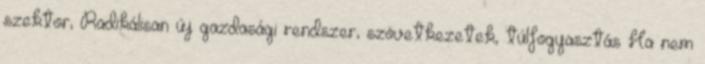
szektor, Radikálisan új gazdasági rendszer, szövetkezetek, túlfogyasztás Ha nem